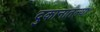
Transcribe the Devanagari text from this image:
दुकानातल्या